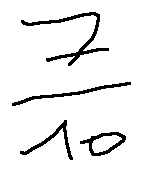
\frac { 7 } { 1 0 }